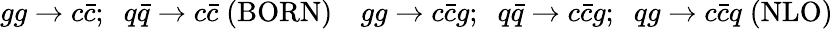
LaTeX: gg\rightarrow c\bar{c};\; \; q\bar{q}\rightarrow c\bar{c}\; (\mathrm{BORN})\quad gg\rightarrow c\bar{c}g;\; \; q\bar{q}\rightarrow c\bar{c}g;\; \; qg\rightarrow c\bar{c}q\; (\mathrm{NLO})